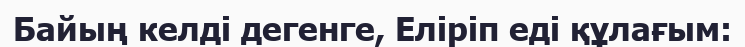
Байың келді дегенге, Еліріп еді құлағым: